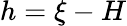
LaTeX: h=\xi-H